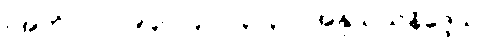
။အဘိ-၁-ပါ-၉၄။ ။၄-ပါ-၃၂၃။ ။အနုသယနိဒ္ဒေသ၊